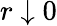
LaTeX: r\downarrow 0